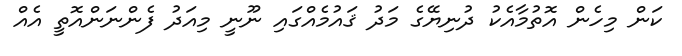
ކަން މިހެން އޮތުމާއެކު ދުނިޔޭގެ މަދު ޤައުމެއްގައި ނޫނީ މިއަދު ފެންނަންއޮތީ އެއް